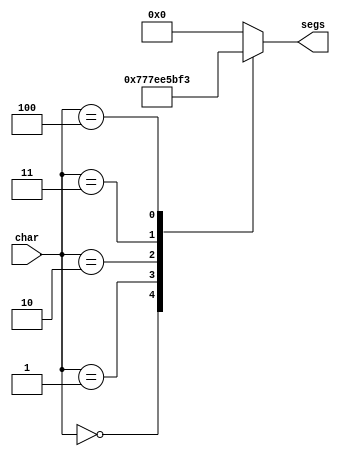
/*
   This file was generated automatically by the Mojo IDE version B1.3.6.
   Do not edit this file directly. Instead edit the original Lucid source.
   This is a temporary file and any changes made to it will be destroyed.
*/

module seven_seg_6 (
    input [3:0] char,
    output reg [6:0] segs
  );
  
  
  
  always @* begin
    
    case (char)
      1'h0: begin
        segs = 7'h77;
      end
      1'h1: begin
        segs = 7'h3f;
      end
      2'h2: begin
        segs = 7'h39;
      end
      2'h3: begin
        segs = 7'h37;
      end
      3'h4: begin
        segs = 7'h73;
      end
      default: begin
        segs = 7'h00;
      end
    endcase
  end
endmodule